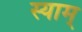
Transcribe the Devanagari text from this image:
स्याम्